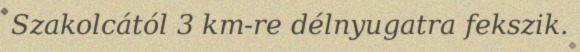
Szakolcától 3 km-re délnyugatra fekszik.